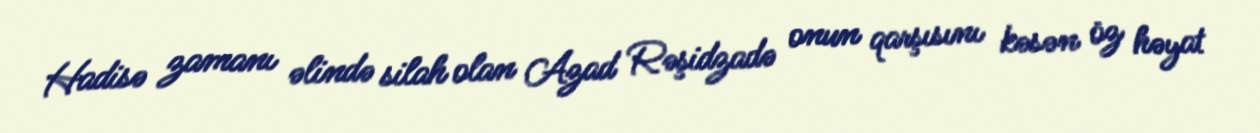
Hadisə zamanı əlində silah olan Azad Rəşidzadə onun qarşısını kəsən öz həyat